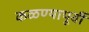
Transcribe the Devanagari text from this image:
कळण्यापूर्वी